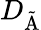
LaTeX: D_{\mathrm{\tilde{A}}}